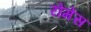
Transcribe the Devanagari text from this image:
रोमेंस